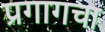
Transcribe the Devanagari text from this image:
प्रगागचा